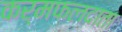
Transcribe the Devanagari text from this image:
कर्मफलदाता